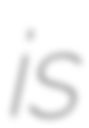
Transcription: is